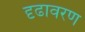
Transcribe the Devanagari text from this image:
दृढावरण